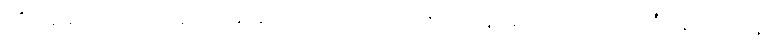
ထိုခေမာ အမည်ရှိသော မိဖုရားသည်။ ဒိဝသဘာဂံ၊ နေ့အဖို့ကာလပတ်လုံး။ ဥယျာနေ၊